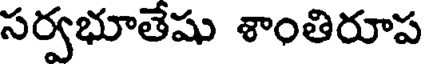
సర్వభూతేషు శాంతిరూప